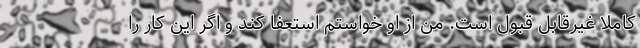
کاملا غیرقابل قبول است. من از او خواستم استعفا کند و اگر این کار را